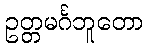
ဥတ္တမင်္ဂဘူတော